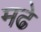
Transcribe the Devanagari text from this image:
मढे